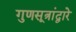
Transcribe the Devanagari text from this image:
गुणसूत्रांद्वारे